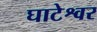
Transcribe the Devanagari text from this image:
घाटेश्वर